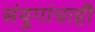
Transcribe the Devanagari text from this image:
संयुगांचाही